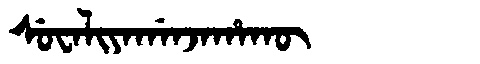
Manchu: ᠰᡠᠸᠠᠯᡳᠶᠠᡤᠠᠨᠵᠠᡥᠠᡴᡡ
Romanization: SUWALIYAGANJAHAKŪ